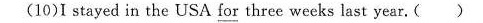
(10)I stayed in the USA for three weeks last year.( )